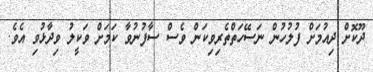
ދޫކޮށް ދިއުމަށް ފުލުހުން ނަސޭހަތްތެރިވިކަން ވެސް ސާފުނުވާ ކަމަށް ވަކީލު ވިދާޅުވި އެވެ.